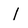
Character: l